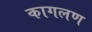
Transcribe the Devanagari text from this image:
कागलण